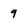
Character: 9